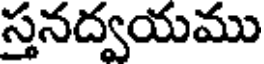
స్తనద్వయము